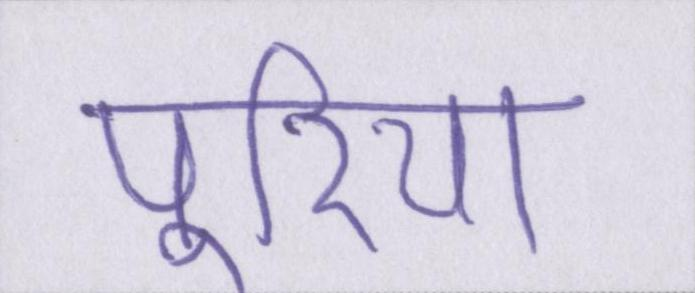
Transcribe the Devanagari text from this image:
पूरिया